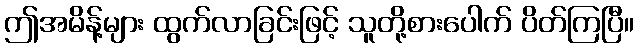
ဤအမိန့်များ ထွက်လာခြင်းဖြင့် သူတို့စားပေါက် ပိတ်ကြပြီ။